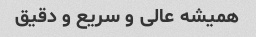
همیشه عالی و سریع و دقیق